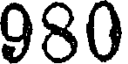
980